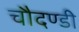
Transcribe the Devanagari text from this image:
चौदण्डी